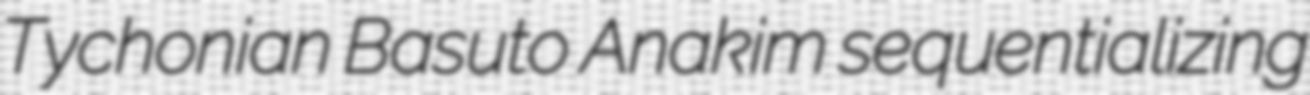
Tychonian Basuto Anakim sequentializing